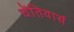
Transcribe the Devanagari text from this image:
चेंतियार्स